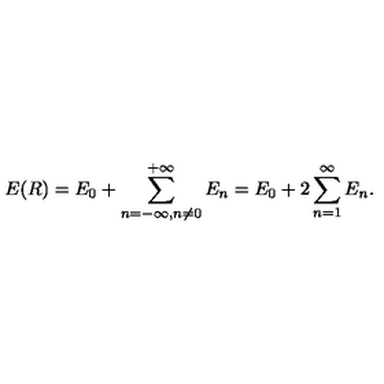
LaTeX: E ( R ) = E _ { 0 } + \sum _ { n = - \infty , n \not = 0 } ^ { + \infty } E _ { n } = E _ { 0 } + 2 \sum _ { n = 1 } ^ { \infty } E _ { n } .